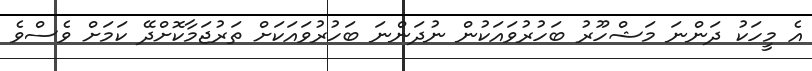
އެ މީހަކު ދަންނަ މަޝްހޫރު ބަހުރުވައަކުން ނުދަންނަ ބަހުރުވައަކަށް ތަރުޖަމާކޮށްދޭ ކަމަށް ވެސްވެ